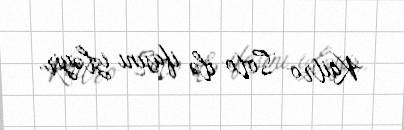
Kaitro Soto ilə ifasını izləyir.